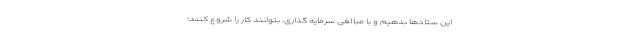
این ستادها بدهیم و با مبالغی سرمایه گذاری، بتوانند کار را شروع کنند؛